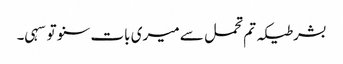
بشرطیکہ تم تحمل سے میری بات سنو تو سہی۔